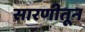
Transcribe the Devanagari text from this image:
सारणीतून